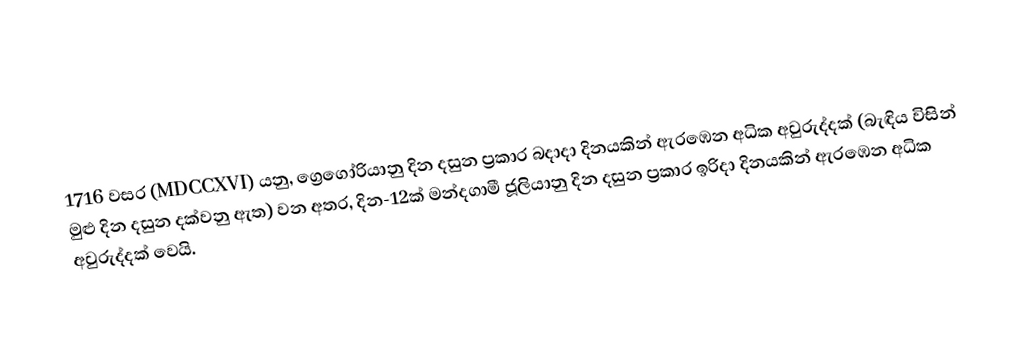

1716 වසර (MDCCXVI) යනු, ග්‍රෙගෝරියානු දින දසුන ප්‍රකාර බදාදා දිනයකින් ඇරඹෙන අධික අවුරුද්දක් (බැඳිය විසින් මුළු දින දසුන දක්වනු ඇත) වන අතර,  දින-12ක් මන්දගාමී ජූලියානු දින දසුන ප්‍රකාර   ඉරිදා දිනයකින් ඇරඹෙන අධික අවුරුද්දක් වෙයි.